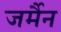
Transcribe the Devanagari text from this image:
जर्मैन